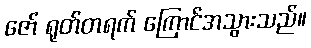
ဇော် ရုတ်တရက် ကြောင်အသွားသည်။